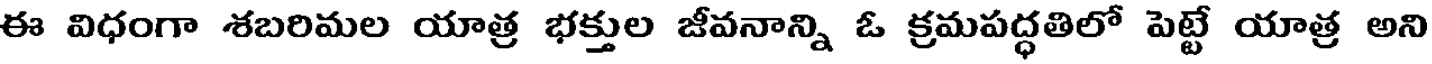
ఈ విధంగా శబరిమల యాత్ర భక్తుల జీవనాన్ని ఓ క్రమపద్ధతిలో పెట్టే యాత్ర అని